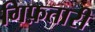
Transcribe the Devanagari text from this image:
गिफ़तारी